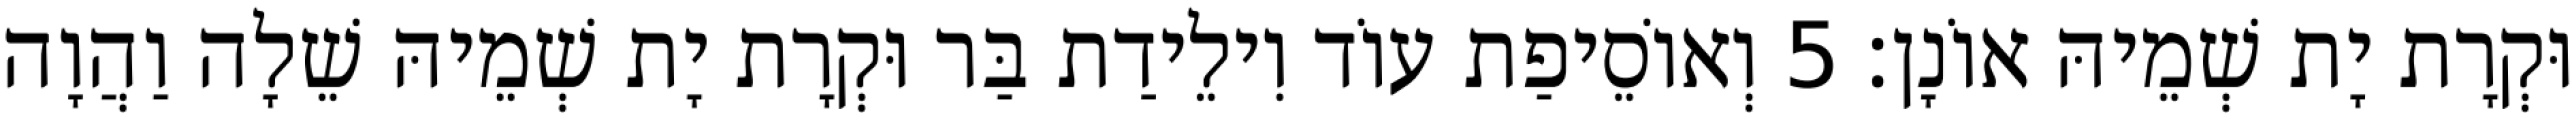
וּקְרָת יָת שְׁמֵיהּ אוֹנָן׃ 5 וְאוֹסֵיפַת עוֹד וִילֵידַת בַּר וּקְרָת יָת שְׁמֵיהּ שֵׁלָה וַהֲוָה